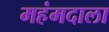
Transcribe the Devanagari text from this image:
महंमदाला